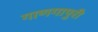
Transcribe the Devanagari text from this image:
गाणगापुरी